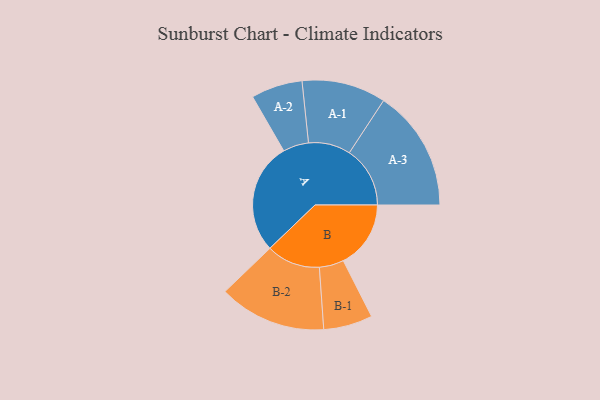
{"axis": {"x": "Segment", "y": "Value"}, "legend": ["", "A", "B"], "data": [{"x": "A", "y": 476, "type": ""}, {"x": "B", "y": 289, "type": ""}, {"x": "A-1", "y": 180, "type": "A"}, {"x": "A-2", "y": 110, "type": "A"}, {"x": "A-3", "y": 260, "type": "A"}, {"x": "B-1", "y": 105, "type": "B"}, {"x": "B-2", "y": 230, "type": "B"}]}